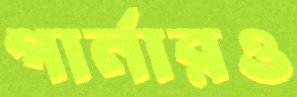
গার্নারও